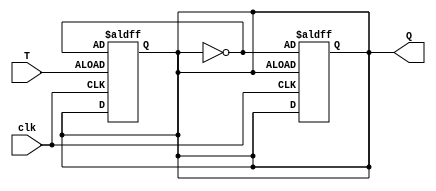
module Asynchronous_T_FF (
    input clk,
    input T,
    output reg Q
);

reg D1, D2;

// Master D flip-flop
assign D1 = T;
always @(posedge clk or negedge D1) begin
    if(!D1) begin
        Q <= ~Q;
    end
end

// Slave D flip-flop
assign D2 = Q;
always @(posedge clk or negedge D2) begin
    if(!D2) begin
        Q <= ~Q;
    end
end

endmodule